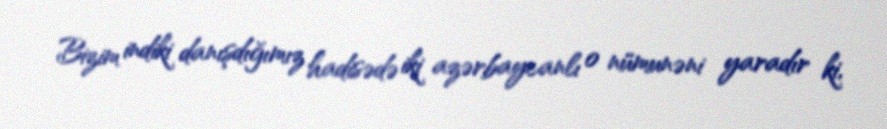
Bizim indiki danışdığımız hadisədə iki azərbaycanlı o nümunəni yaradır ki,